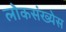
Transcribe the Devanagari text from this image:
लोकसंख्येस